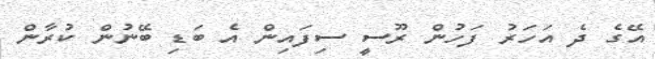
އޭގެ ދެ އަހަރު ފަހުން ރޫސީ ސިފައިން އެ ބަޑި ބޭނުން ކުރާން